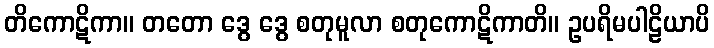
တိကောဋိကာ။ တတော ဒွေ ဒွေ စတုမူလာ စတုကောဋိကာတိ။ ဥပရိမပါဠိယာပိ